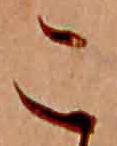
こ